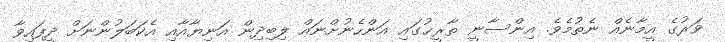
ވަރުގެ އީމާނެއް ނެތުމެވެ. އިންސާނީ ތާރީޚުގައި އަންހެނުށްނައް ލިބިދިން އަނިޔާއާއި އެކަބަލުންނަށް ދީފައިވާ